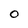
Character: o